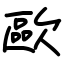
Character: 歐